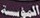
المؤسسة